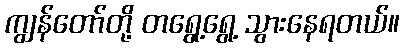
ကျွန်တော်တို့ တရွေ့ရွေ့ သွားနေရတယ်။